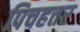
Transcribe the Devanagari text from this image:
पिचहत्तर